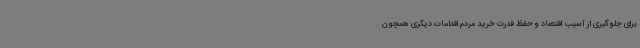
برای جلوگیری از آسیب اقتصاد و حفظ قدرت خرید مردم اقدامات دیگری همچون